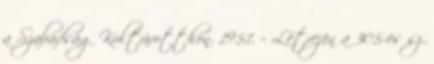
a Szabadság Kultúrotthon. 1951. – Létrejön a 305-ös sz.